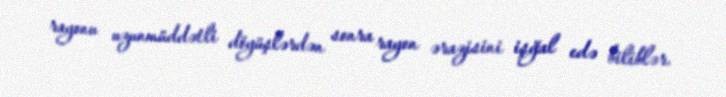
rayonu uzunmüddətli döyüşlərdən sonra rayon ərazisini işğal edə biliblər.